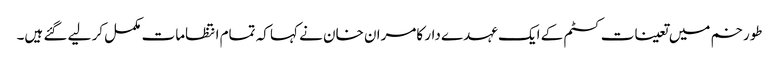
طورخم میں تعینات کسٹم کے ایک عہدے دار کامران خان نے کہا کہ تمام انتظامات مکمل کر لیے گئے ہیں۔